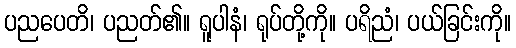
ပညပေတိ၊ ပညတ်၏။ ရူပါနံ၊ ရုပ်တို့ကို။ ပရိညံ၊ ပယ်ခြင်းကို။